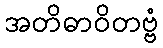
အတိဓာဝိတဗ္ဗံ